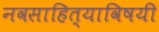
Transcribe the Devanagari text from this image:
नवसाहित्याविषयी